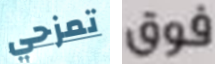
تمزحي فوق